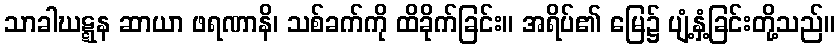
သာခါဃဋ္ဋန ဆာယာ ဖရဏာနိ၊ သစ်ခက်ကို ထိခိုက်ခြင်း။ အရိပ်၏ မြေ၌ ပျံ့နှံ့ခြင်းတို့သည်။